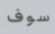
سوف